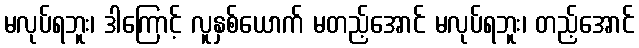
မလုပ်ရဘူး၊ ဒါကြောင့် လူနှစ်ယောက် မတည့်အောင် မလုပ်ရဘူး၊ တည့်အောင်